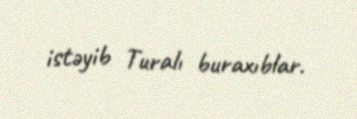
istəyib Turalı buraxıblar.